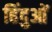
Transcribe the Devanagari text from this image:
हिंदुआें